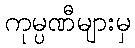
ကုမ္ပဏီများမှ